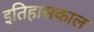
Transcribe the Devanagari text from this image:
इतिहासकाल